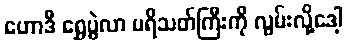
ဟောဒီ ရွှေပွဲလာ ပရိသတ်ကြီးကို လွမ်းလို့ဒေါ့